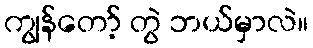
ကျွန်တော့် တွဲ ဘယ်မှာလဲ။